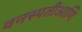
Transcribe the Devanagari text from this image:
वनस्पतीआणि